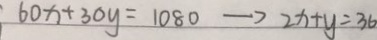
6 0 x + 3 0 y = 1 0 8 0 \rightarrow 2 x + y = 3 6